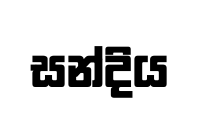
සන්දිය